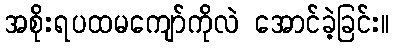
အစိုးရပထမကျော်ကိုလဲ အောင်ခဲ့ခြင်း။